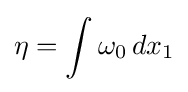
\eta =\int \omega _{0}\,dx_{1}